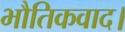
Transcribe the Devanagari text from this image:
भौतिकवाद।